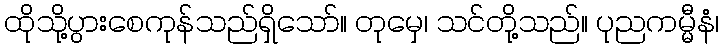
ထိုသို့ပွားစေကုန်သည်ရှိသော်။ တုမှေ၊ သင်တို့သည်။ ပုညကမ္မီနံ၊